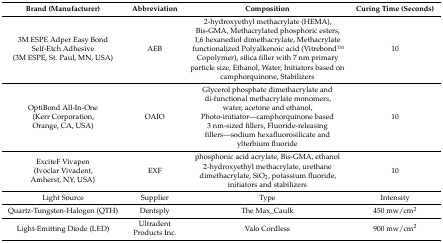
<table><thead><tr><td><b>Brand (Manufacturer)</b></td><td><b>Abbreviation</b></td><td><b>Composition</b></td><td><b>Curing Time (Seconds)</b></td></tr></thead><tbody><tr><td>3M ESPE Adper Easy Bond Self-Etch Adhesive(3M ESPE, St. Paul, MN, USA)</td><td>AEB</td><td>2-hydroxyethyl methacrylate (HEMA), Bis-GMA, Methacrylated phosphoric esters, 1,6 hexanediol dimethacrylate, Methacrylate functionalized Polyalkenoic acid (VitrebondTM Copolymer), silica filler with 7 nm primary particle size, Ethanol, Water, Initiators based on camphorquinone, Stabilizers</td><td>10</td></tr><tr><td>OptiBond All-In-One(Kerr Corporation, Orange, CA, USA)</td><td>OAIO</td><td>Glycerol phosphate dimethacrylate and di-functional methacrylate monomers, water, acetone and ethanol, Photo-initiator—camphorquinone based 3 nm-sized fillers, Fluoride-releasing fillers—sodium hexafluorosilicate and ylterbium fluoride</td><td>10</td></tr><tr><td>ExciteF Vivapen(Ivoclar Vivadent, Amherst, NY, USA)</td><td>EXF</td><td>phosphonic acid acrylate, Bis-GMA, ethanol 2-hydroxyethyl methacrylate, urethane dimethacrylate, SiO<sup>2</sup>, potassium fluoride, initiators and stabilizers</td><td>10</td></tr><tr><td>Light Source</td><td>Supplier</td><td>Type</td><td>Intensity</td></tr><tr><td>Quartz-Tungsten-Halogen (QTH)</td><td>Dentsply</td><td>The Max_Caulk</td><td>450 mw/cm<sup>2</sup></td></tr><tr><td>Light-Emitting Diode (LED)</td><td>Ultradent Products Inc.</td><td>Valo Cordless</td><td>900 mw/cm<sup>2</sup></td></tr></tbody></table>